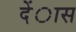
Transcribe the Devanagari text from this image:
देंास